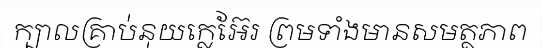
ក្បាលគ្រាប់នុយក្លេអ៊ែរ ព្រមទាំងមានសមត្ថភាព